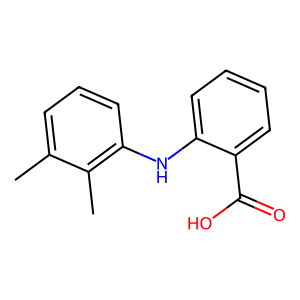
SMILES: Cc1cccc(Nc2ccccc2C(=O)O)c1C
Inhibits HIV replication: No